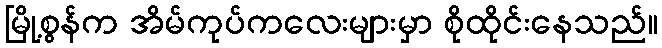
မြို့စွန်က အိမ်ကုပ်ကလေးများမှာ စိုထိုင်းနေသည်။